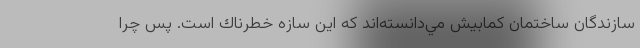
سازندگان ساختمان كمابيش مي‌دانسته‌اند كه اين سازه خطرناك است. پس چرا